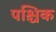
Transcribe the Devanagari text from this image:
पश्चिक